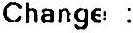
CHANGE :